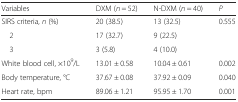
| Variables | DXM (n = 52) | N-DXM (n = 40) | P |
 | --- | --- | --- | --- |
 | SIRS criteria, n (%) | 20 (38.5) | 13 (32.5) | 0.555 |
 | 2 | 17 (32.7) | 9 (22.5) |  |
 | 3 | 3 (5.8) | 4 (10.0) |  |
 | White blood cell, ×109/L | 13.01 ± 0.58 | 10.04 ± 0.61 | 0.002 |
 | Body temperature, °C | 37.67 ± 0.08 | 37.92 ± 0.09 | 0.040 |
 | Heart rate, bpm | 89.06 ± 1.21 | 95.95 ± 1.70 | 0.001 |